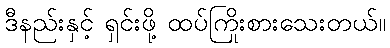
ဒီနည်းနှင့် ရှင်းဖို့ ထပ်ကြိုးစားသေးတယ်။